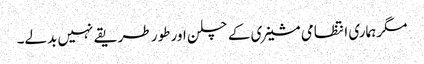
مگر ہماری انتظامی مشینری کے چلن اور طور طریقے نہیں بدلے۔